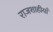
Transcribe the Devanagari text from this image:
राजशाहीयाँ